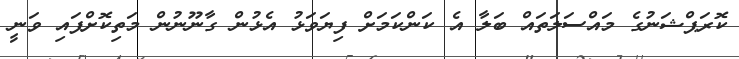
ކޮރަޕްޝަނުގެ މައްސަލަތައް ބަލާ އެ ކަންކަމަށް ފިޔަވަޅު އެޅުން ގާނޫނުން މަތިކޮށްފައި ވަނީ